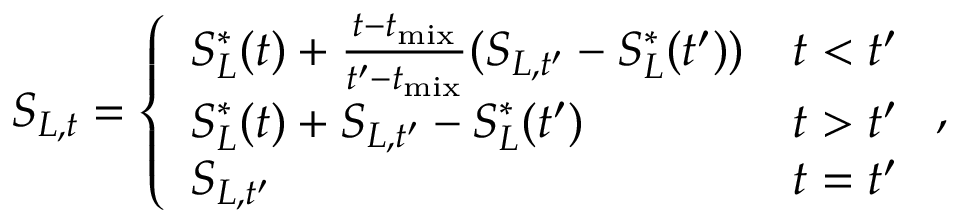
S _ { L , t } = \left\{ \begin{array} { l l } { S _ { L } ^ { \ast } ( t ) + \frac { t - t _ { \mathrm { m i x } } } { t ^ { \prime } - t _ { \mathrm { m i x } } } ( S _ { L , t ^ { \prime } } - S _ { L } ^ { \ast } ( t ^ { \prime } ) ) } & { t < t ^ { \prime } } \\ { S _ { L } ^ { \ast } ( t ) + S _ { L , t ^ { \prime } } - S _ { L } ^ { \ast } ( t ^ { \prime } ) } & { t > t ^ { \prime } } \\ { S _ { L , t ^ { \prime } } } & { t = t ^ { \prime } } \end{array} \right. ,